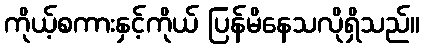
ကိုယ့်စကားနှင့်ကိုယ် ပြန်မိနေသလိုရှိသည်။